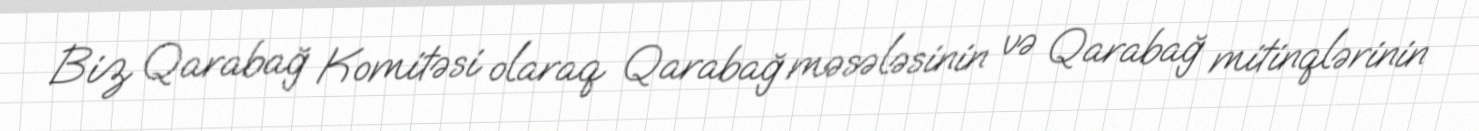
Biz Qarabağ Komitəsi olaraq Qarabağ məsələsinin və Qarabağ mitinqlərinin